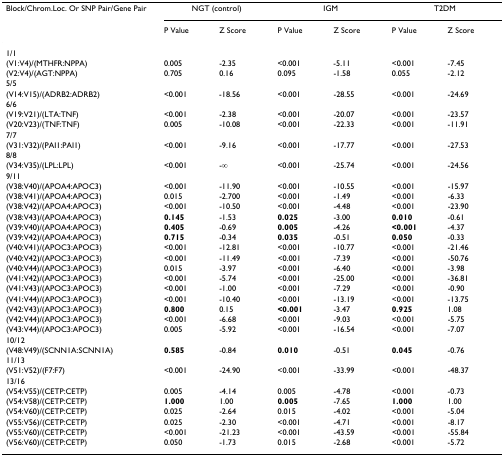
<table><thead><tr><td><b>Block/Chrom.Loc. Or SNP Pair/Gene Pair</b></td><td colspan="2"><b>NGT (control)</b></td><td colspan="2"><b>IGM</b></td><td colspan="2"><b>T2DM</b></td></tr><tr><td></td><td><b>P Value</b></td><td><b>Z Score</b></td><td><b>P Value</b></td><td><b>Z Score</b></td><td><b>P Value</b></td><td><b>Z Score</b></td></tr></thead><tbody><tr><td>1/1</td><td></td><td></td><td></td><td></td><td></td><td></td></tr><tr><td>(V1:V4)/(MTHFR:NPPA)</td><td>0.005</td><td>-2.35</td><td>&lt;0.001</td><td>-5.11</td><td>&lt;0.001</td><td>-7.45</td></tr><tr><td>(V2:V4)/(AGT:NPPA)</td><td>0.705</td><td>0.16</td><td>0.095</td><td>-1.58</td><td>0.055</td><td>-2.12</td></tr><tr><td>5/5</td><td></td><td></td><td></td><td></td><td></td><td></td></tr><tr><td>(V14:V15)/(ADRB2:ADRB2)</td><td>&lt;0.001</td><td>-18.56</td><td>&lt;0.001</td><td>-28.55</td><td>&lt;0.001</td><td>-24.69</td></tr><tr><td>6/6</td><td></td><td></td><td></td><td></td><td></td><td></td></tr><tr><td>(V19:V21)/(LTA:TNF)</td><td>&lt;0.001</td><td>-2.38</td><td>&lt;0.001</td><td>-20.07</td><td>&lt;0.001</td><td>-23.57</td></tr><tr><td>(V20:V23)/(TNF:TNF)</td><td>0.005</td><td>-10.08</td><td>&lt;0.001</td><td>-22.33</td><td>&lt;0.001</td><td>-11.91</td></tr><tr><td>7/7</td><td></td><td></td><td></td><td></td><td></td><td></td></tr><tr><td>(V31:V32)/(PAI1:PAI1)</td><td>&lt;0.001</td><td>-9.16</td><td>&lt;0.001</td><td>-17.77</td><td>&lt;0.001</td><td>-27.53</td></tr><tr><td>8/8</td><td></td><td></td><td></td><td></td><td></td><td></td></tr><tr><td>(V34:V35)/(LPL:LPL)</td><td>&lt;0.001</td><td>-∞</td><td>&lt;0.001</td><td>-25.74</td><td>&lt;0.001</td><td>-24.56</td></tr><tr><td>9/11</td><td></td><td></td><td></td><td></td><td></td><td></td></tr><tr><td>(V38:V40)/(APOA4:APOC3)</td><td>&lt;0.001</td><td>-11.90</td><td>&lt;0.001</td><td>-10.55</td><td>&lt;0.001</td><td>-15.97</td></tr><tr><td>(V38:V41)/(APOA4:APOC3)</td><td>0.015</td><td>-2.700</td><td>&lt;0.001</td><td>-1.49</td><td>&lt;0.001</td><td>-6.33</td></tr><tr><td>(V38:V42)/(APOA4:APOC3)</td><td>&lt;0.001</td><td>-10.50</td><td>&lt;0.001</td><td>-4.48</td><td>&lt;0.001</td><td>-23.90</td></tr><tr><td>(V38:V43)/(APOA4:APOC3)</td><td><b>0.145</b></td><td>-1.53</td><td><b>0.025</b></td><td>-3.00</td><td><b>0.010</b></td><td>-0.61</td></tr><tr><td>(V39:V40)/(APOA4:APOC3)</td><td><b>0.405</b></td><td>-0.69</td><td><b>0.005</b></td><td>-4.26</td><td><b>&lt;0.001</b></td><td>-4.37</td></tr><tr><td>(V39:V42)/(APOA4:APOC3)</td><td><b>0.715</b></td><td>-0.34</td><td><b>0.035</b></td><td>-0.51</td><td><b>0.050</b></td><td>-0.33</td></tr><tr><td>(V40:V41)/(APOC3:APOC3)</td><td>&lt;0.001</td><td>-12.81</td><td>&lt;0.001</td><td>-10.77</td><td>&lt;0.001</td><td>-21.46</td></tr><tr><td>(V40:V42)/(APOC3:APOC3)</td><td>&lt;0.001</td><td>-11.49</td><td>&lt;0.001</td><td>-7.39</td><td>&lt;0.001</td><td>-50.76</td></tr><tr><td>(V40:V44)/(APOC3:APOC3)</td><td>0.015</td><td>-3.97</td><td>&lt;0.001</td><td>-6.40</td><td>&lt;0.001</td><td>-3.98</td></tr><tr><td>(V41:V42)/(APOC3:APOC3)</td><td>&lt;0.001</td><td>-5.74</td><td>&lt;0.001</td><td>-25.00</td><td>&lt;0.001</td><td>-36.81</td></tr><tr><td>(V41:V43)/(APOC3:APOC3)</td><td>&lt;0.001</td><td>-1.00</td><td>&lt;0.001</td><td>-7.29</td><td>&lt;0.001</td><td>-0.90</td></tr><tr><td>(V41:V44)/(APOC3:APOC3)</td><td>&lt;0.001</td><td>-10.40</td><td>&lt;0.001</td><td>-13.19</td><td>&lt;0.001</td><td>-13.75</td></tr><tr><td>(V42:V43)/(APOC3:APOC3)</td><td><b>0.800</b></td><td>0.15</td><td><b>&lt;0.001</b></td><td>-3.47</td><td><b>0.925</b></td><td>1.08</td></tr><tr><td>(V42:V44)/(APOC3:APOC3)</td><td>&lt;0.001</td><td>-6.68</td><td>&lt;0.001</td><td>-9.03</td><td>&lt;0.001</td><td>-5.75</td></tr><tr><td>(V43:V44)/(APOC3:APOC3)</td><td>0.005</td><td>-5.92</td><td>&lt;0.001</td><td>-16.54</td><td>&lt;0.001</td><td>-7.07</td></tr><tr><td>10/12</td><td></td><td></td><td></td><td></td><td></td><td></td></tr><tr><td>(V48:V49)/(SCNN1A:SCNN1A)</td><td><b>0.585</b></td><td>-0.84</td><td><b>0.010</b></td><td>-0.51</td><td><b>0.045</b></td><td>-0.76</td></tr><tr><td>11/13</td><td></td><td></td><td></td><td></td><td></td><td></td></tr><tr><td>(V51:V52)/(F7:F7)</td><td>&lt;0.001</td><td>-24.90</td><td>&lt;0.001</td><td>-33.99</td><td>&lt;0.001</td><td>-48.37</td></tr><tr><td>13/16</td><td></td><td></td><td></td><td></td><td></td><td></td></tr><tr><td>(V54:V55)/(CETP:CETP)</td><td>0.005</td><td>-4.14</td><td>0.005</td><td>-4.78</td><td>&lt;0.001</td><td>-0.73</td></tr><tr><td>(V54:V58)/(CETP:CETP)</td><td><b>1.000</b></td><td>1.00</td><td><b>0.005</b></td><td>-7.65</td><td><b>1.000</b></td><td>1.00</td></tr><tr><td>(V54:V60)/(CETP:CETP)</td><td>0.025</td><td>-2.64</td><td>0.015</td><td>-4.02</td><td>&lt;0.001</td><td>-5.04</td></tr><tr><td>(V55:V56)/(CETP:CETP)</td><td>0.025</td><td>-2.30</td><td>&lt;0.001</td><td>-4.71</td><td>&lt;0.001</td><td>-8.17</td></tr><tr><td>(V55:V60)/(CETP:CETP)</td><td>&lt;0.001</td><td>-21.23</td><td>&lt;0.001</td><td>-43.59</td><td>&lt;0.001</td><td>-55.84</td></tr><tr><td>(V56:V60)/(CETP:CETP)</td><td>0.050</td><td>-1.73</td><td>0.015</td><td>-2.68</td><td>&lt;0.001</td><td>-5.72</td></tr></tbody></table>